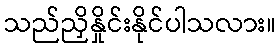
သည်ညှိနှိုင်းနိုင်ပါသလား။